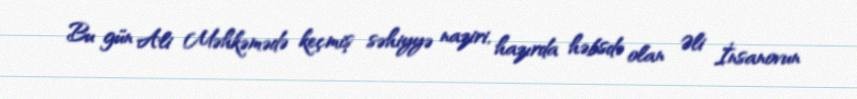
Bu gün Ali Məhkəmədə keçmiş səhiyyə naziri, hazırda həbsdə olan Əli İnsanovun